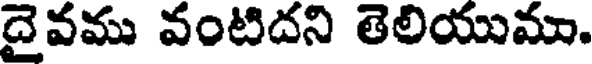
దైవము వంటిదని తెలియుము.